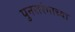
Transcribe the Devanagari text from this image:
पुनरारंभाच्या